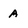
Character: a